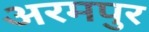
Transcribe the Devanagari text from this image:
अरमपुर